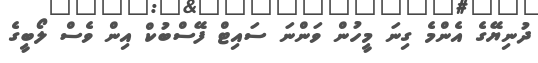
ދުނިޔޭގެ އެންމެ ގިނަ މީހުން ވަންނަ ސައިޓް ފޭސްބުކް އިން ވެސް ލޯބީގެ